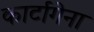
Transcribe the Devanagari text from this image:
कार्टागेना